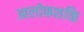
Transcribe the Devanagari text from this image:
आलोकशक्ति